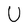
Character: U